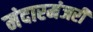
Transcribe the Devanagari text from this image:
मंदारमंजरी